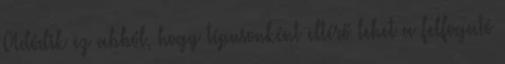
Adódik ez abból, hogy típusonként eltérő lehet a felfogató